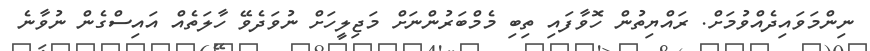
ނިންމަވައިދެއްވުމަށް. ރައްޔިތުން ހޮވާފައި ތިބި މެމްބަރުންނަށް މަޖިލީހަށް ނުވަދެވޭ ހާލަތެއް އައިސްގެން ނުވާނެ